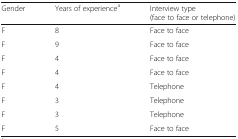
<table><thead><tr><td><b>Gender</b></td><td><b>Years of experience<sup>a</sup></b></td><td><b>Interview type (face to face or telephone)</b></td></tr></thead><tbody><tr><td>F</td><td>8</td><td>Face to face</td></tr><tr><td>F</td><td>9</td><td>Face to face</td></tr><tr><td>F</td><td>4</td><td>Face to face</td></tr><tr><td>F</td><td>4</td><td>Face to face</td></tr><tr><td>F</td><td>4</td><td>Telephone</td></tr><tr><td>F</td><td>3</td><td>Telephone</td></tr><tr><td>F</td><td>3</td><td>Telephone</td></tr><tr><td>F</td><td>5</td><td>Face to face</td></tr></tbody></table>